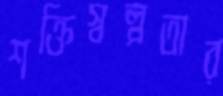
শক্তিস্বল্পতার